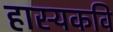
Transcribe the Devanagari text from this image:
हास्यकवि